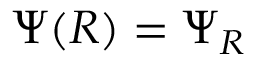
\Psi ( R ) = \Psi _ { R }